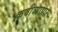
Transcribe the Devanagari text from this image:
कवीव्यापार